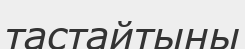
тастайтыны